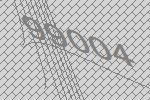
99004